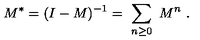
M ^ { * } = ( I - M ) ^ { - 1 } = \ \sum _ { n \geq 0 } \ M ^ { n } \ .